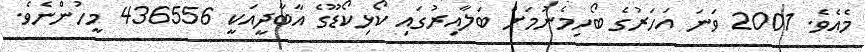
މެއެވެ. 2001 ވަނަ އަހަރުގެ ބޯހިމެނުމަށް ބަލާއިރުގައި ކޯޅިކޯޑޫގެ އާބާދީއަކީ 436556 މީހުންނެވެ.